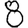
Digit: 8